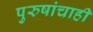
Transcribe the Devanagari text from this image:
पुरुषांचाही